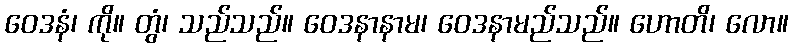
ဝေဒနံ၊ ကို။ တွံ၊ သည်သည်။ ဝေဒနာနာမ၊ ဝေဒနာမည်သည်။ ဟောတိ၊ လော။